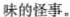
味的怪事。